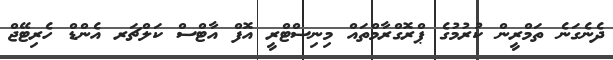
ދެނެގަނެ ތަމްރީން ކުރުމުގެ ޕްރޮގްރާމްތައް މިނިސްޓްރީ އޮފް އާޓްސް ކަލްޗަރ އެންޑް ހެރިޓޭޖް